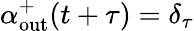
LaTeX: \alpha_{\mathrm{out}}^{+}(t+\tau)=\delta_{\tau}